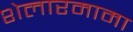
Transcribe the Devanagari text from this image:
शेलारमामा